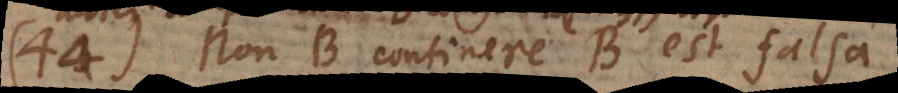
44) Non-B continere B est falsa,